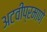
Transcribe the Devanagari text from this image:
अटवीप्रमाणे